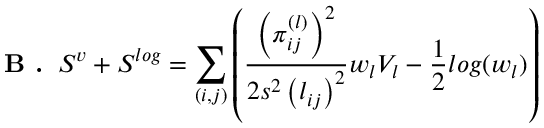
\textbf { B . } \, S ^ { v } + S ^ { l o g } = \sum _ { ( i , j ) } \left( \frac { \left( \pi _ { i j } ^ { ( l ) } \right) ^ { 2 } } { 2 s ^ { 2 } \left( l _ { i j } \right) ^ { 2 } } w _ { l } V _ { l } - \frac { 1 } { 2 } l o g ( w _ { l } ) \right)